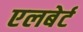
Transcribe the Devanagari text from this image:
एलबेर्ट